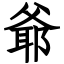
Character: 爺